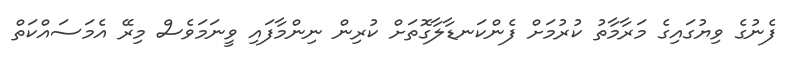
ފެނުގެ ވިޔުގައިގެ މަރާމާތު ކުރުމަށް ފެންކަނޑާލާގޮތަށް ކުރިން ނިންމާފައި ވީނަމަވެސް މިރޭ އެމަސައްކަތް